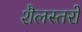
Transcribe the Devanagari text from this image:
शैलस्तरों